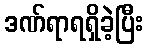
ဒဏ်ရာရရှိခဲ့ပြီး